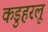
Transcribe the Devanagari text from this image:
कडुहरलू